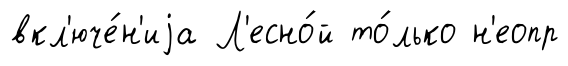
вкл'юче́н'иjа Л'есно́й то́лько н'еопр